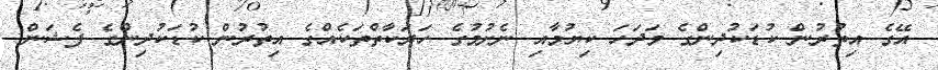
އޭގެ އިތުރުން ކުޑަކުދިންގެ މަދަހަ ކިޔުމާއި ނެށުމުގެ ހަރަކާތްތަކެއްގެ އިތުރުން ކުޑަކުދިންގެ ފެޝަން